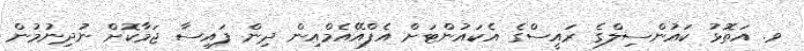
ވ. އަތޮޅު ކައުންސިލްގެ ރައީސްގެ އެކައުންޓަށް އެފްއޭއެމްއިން ދިން ފައިސާ ޖަމާކޮށް ނުދިނުމުން